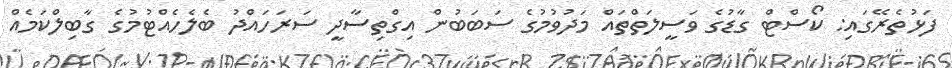
ފަޅުތެރޭގައި: ކޯސްޓް ގާޑުގެ ވަސީލަތްތައް މަދުވުމުގެ ސަބަބުން އިގްތިސާދީ ސަރަހައްދު ބެލެހެއްޓުމުގެ ގާބިލްކަމެއް